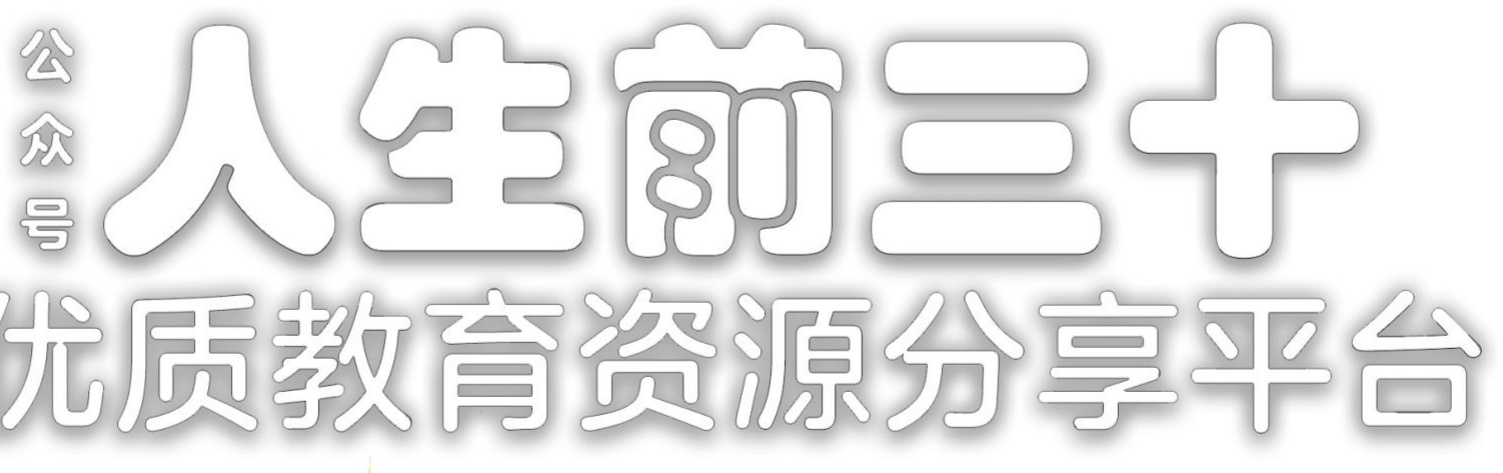
公众号 人生前三十 优质教育资源分享平台